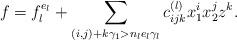
LaTeX: \begin{align*}f=f_l^{e_l}+\sum_{(i,j)+k\gamma_1>n_le_l\gamma_l}c_{ijk}^{(l)}x_1^ix_2^jz^k.\end{align*}